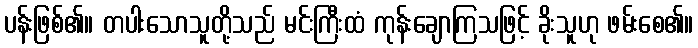
ပန်းဖြစ်၏။ တပါးသောသူတို့သည် မင်းကြီးထံ ကုန်းချောကြသဖြင့် ခိုးသူဟု ဖမ်းစေ၏။